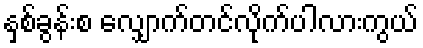
နှစ်ခွန်းစ လျှောက်တင်လိုက်ပါလားကွယ်